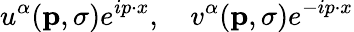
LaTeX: u^{\alpha}(\mathbf{p},\sigma)e^{ip\cdot x},\quad v^{\alpha}(\mathbf{p},\sigma)e^{-ip\cdot x}